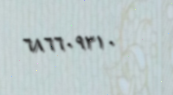
٦٨٦٦٠٩٣١٠